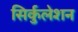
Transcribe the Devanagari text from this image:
सिर्कुलेशन